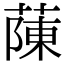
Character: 蔯